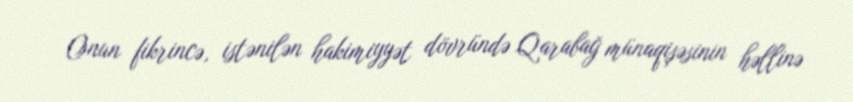
Onun fikrincə, istənilən hakimiyyət dövründə Qarabağ münaqişəsinin həllinə